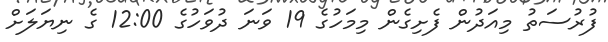
ފުރުސަތު މިއަދުން ފެށިގެން މިމަހުގެ 19 ވަނަ ދުވަހުގެ 12:00 ގެ ނިޔަލަށް